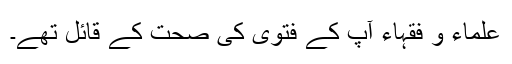
علماء و فقہاء آپ کے فتویٰ کی صحت کے قائل تھے۔